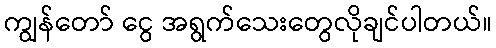
ကျွန်တော် ငွေ အရွက်သေးတွေလိုချင်ပါတယ်။